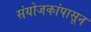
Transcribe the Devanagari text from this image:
संयोजकांपासून